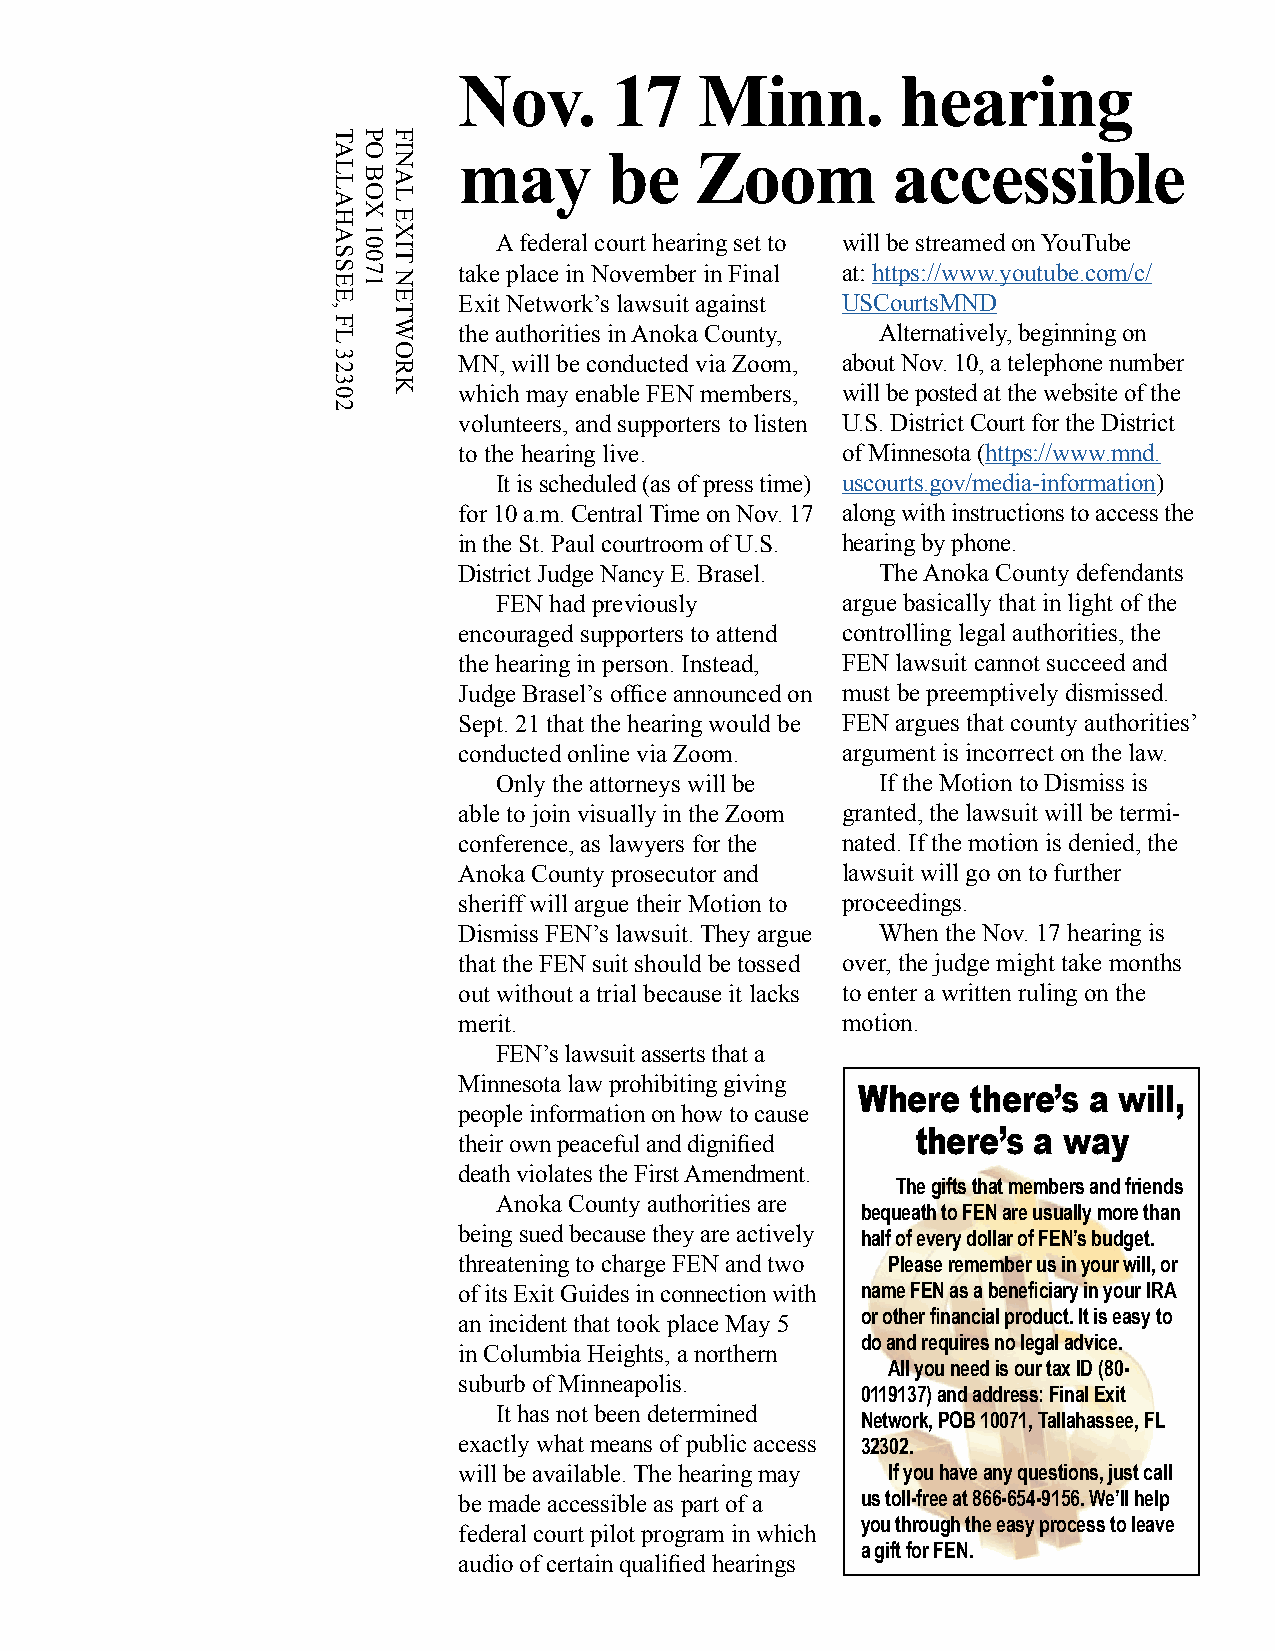
Nov.      17    Minn.         hearing
 TPF
 AOI
 N   may       be    Zoom         accessible
 L
 BA
 L
 AOL
 HX  E
 A 1X
 S0 0I
 T
 A federal court hearing set to will be streamed on YouTube
 S E7 1 N take place in November in Final at: https://www.youtube.com/c/
 E   E   Exit Network’s lawsuit against USCourtsMND
 ,
 F L
 T
 W   the authorities in Anoka County, Alternatively, beginning on
 3 2
 O
 R   MN, will be conducted via Zoom, about Nov. 10, a telephone number
 3   K
 0       which may enable FEN members, will be posted at the website of the
 2
 volunteers, and supporters to listen U.S. District Court for the District
 to the hearing live.      of Minnesota (https://www.mnd.
 It is scheduled (as of press time) uscourts.gov/media-information)
 for 10 a.m. Central Time on Nov. 17 along with instructions to access the
 in the St. Paul courtroom of U.S. hearing by phone.
 District Judge Nancy E. Brasel. The Anoka County defendants
 FEN had previously     argue basically that in light of the
 encouraged supporters to attend controlling legal authorities, the
 the hearing in person. Instead, FEN lawsuit cannot succeed and
 Judge Brasel’s office announced on must be preemptively dismissed.
 Sept. 21 that the hearing would be FEN argues that county authorities’
 conducted online via Zoom. argument is incorrect on the law.
 Only the attorneys will be If the Motion to Dismiss is
 able to join visually in the Zoom granted, the lawsuit will be termi-
 conference, as lawyers for the nated. If the motion is denied, the
 Anoka County prosecutor and lawsuit will go on to further
 sheriff will argue their Motion to proceedings.
 Dismiss FEN’s lawsuit. They argue When the Nov. 17 hearing is
 that the FEN suit should be tossed over, the judge might take months
 out without a trial because it lacks to enter a written ruling on the
 merit.                    motion.
 FEN’s lawsuit asserts that a
 Minnesota law prohibiting giving
 Where  there’s a will,
 people information on how to cause
 there’s a way
 their own peaceful and dignified
 death violates the First Amendment.
 The gifts that members and friends
 Anoka County authorities are
 bequeath to FEN are usually more than
 being sued because they are actively half of every dollar of FEN’s budget.
 threatening to charge FEN and two Please remember us in your will, or
 of its Exit Guides in connection with name FEN as a beneficiary in your IRA
 or other financial product. It is easy to
 an incident that took place May 5
 do and requires no legal advice.
 in Columbia Heights, a northern
 All you need is our tax ID (80-
 suburb of Minneapolis.
 0119137) and address: Final Exit
 It has not been determined Network, POB 10071, Tallahassee, FL
 exactly what means of public access 32302.
 will be available. The hearing may If you have any questions, just call
 us toll-free at 866-654-9156. We’ll help
 be made accessible as part of a
 you through the easy process to leave
 federal court pilot program in which
 a gift for FEN.
 audio of certain qualified hearings